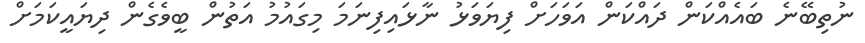
ނުތިބޭނެ ބައެއްކަން ދައްކަން އަވަހަށް ފިޔަވަޅު ނާޅައިފިނަމަ މިގައުމު އަތުން ބީވެގެން ދިޔައީކަމަށް